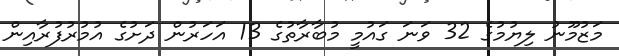
މަޒުމޫނު ލިޔުމުގެ 32 ވަނަ ގައުމީ މުބާރާތުގެ 13 އަހަރުން ދަށުގެ އުމުރުފުރާއިން